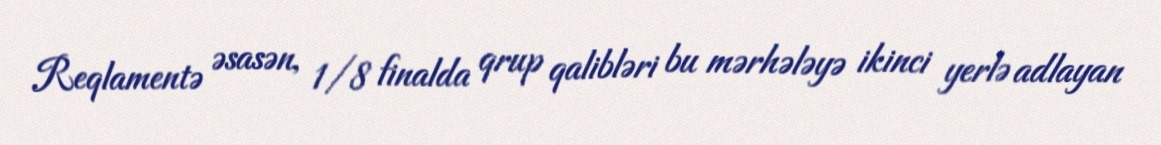
Reqlamentə əsasən, 1/8 finalda qrup qalibləri bu mərhələyə ikinci yerlə adlayan